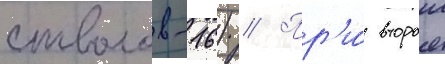
стволов-16) // Пр'и́ второи